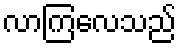
လာကြလေသည်